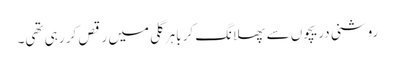
روشنی دریچوں سے پھلانگ کر باہر گلی میں رقص کر رہی تھی۔